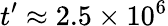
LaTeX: t^{\prime}\approx 2.5\times 10^{6}